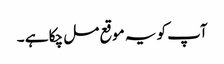
آپ کو یہ موقع مل چکا ہے ۔